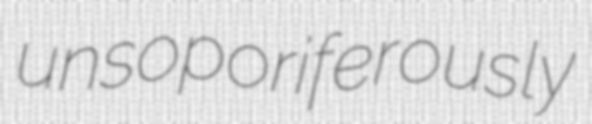
unsoporiferously